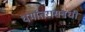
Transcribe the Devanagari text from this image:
धर्मांतरासंबंधी